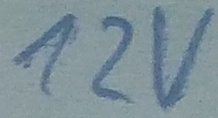
Text: 12V